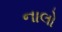
નાલો